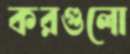
করগুলো